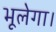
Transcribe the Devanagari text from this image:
भूलेगा।